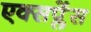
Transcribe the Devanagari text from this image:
एक्सप्लेंस